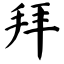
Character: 拜